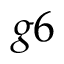
g 6